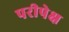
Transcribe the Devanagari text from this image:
परीपेक्ष